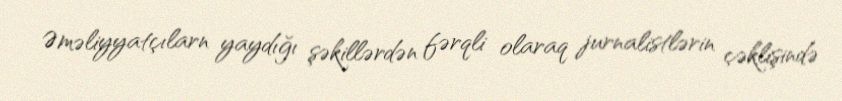
Əməliyyatçılarn yaydığı şəkillərdən fərqli olaraq jurnalistlərin çəklişində